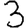
Digit: 3